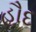
હૌદ